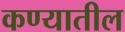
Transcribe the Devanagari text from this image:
कण्यातील